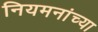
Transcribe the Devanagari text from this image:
नियमनांच्या